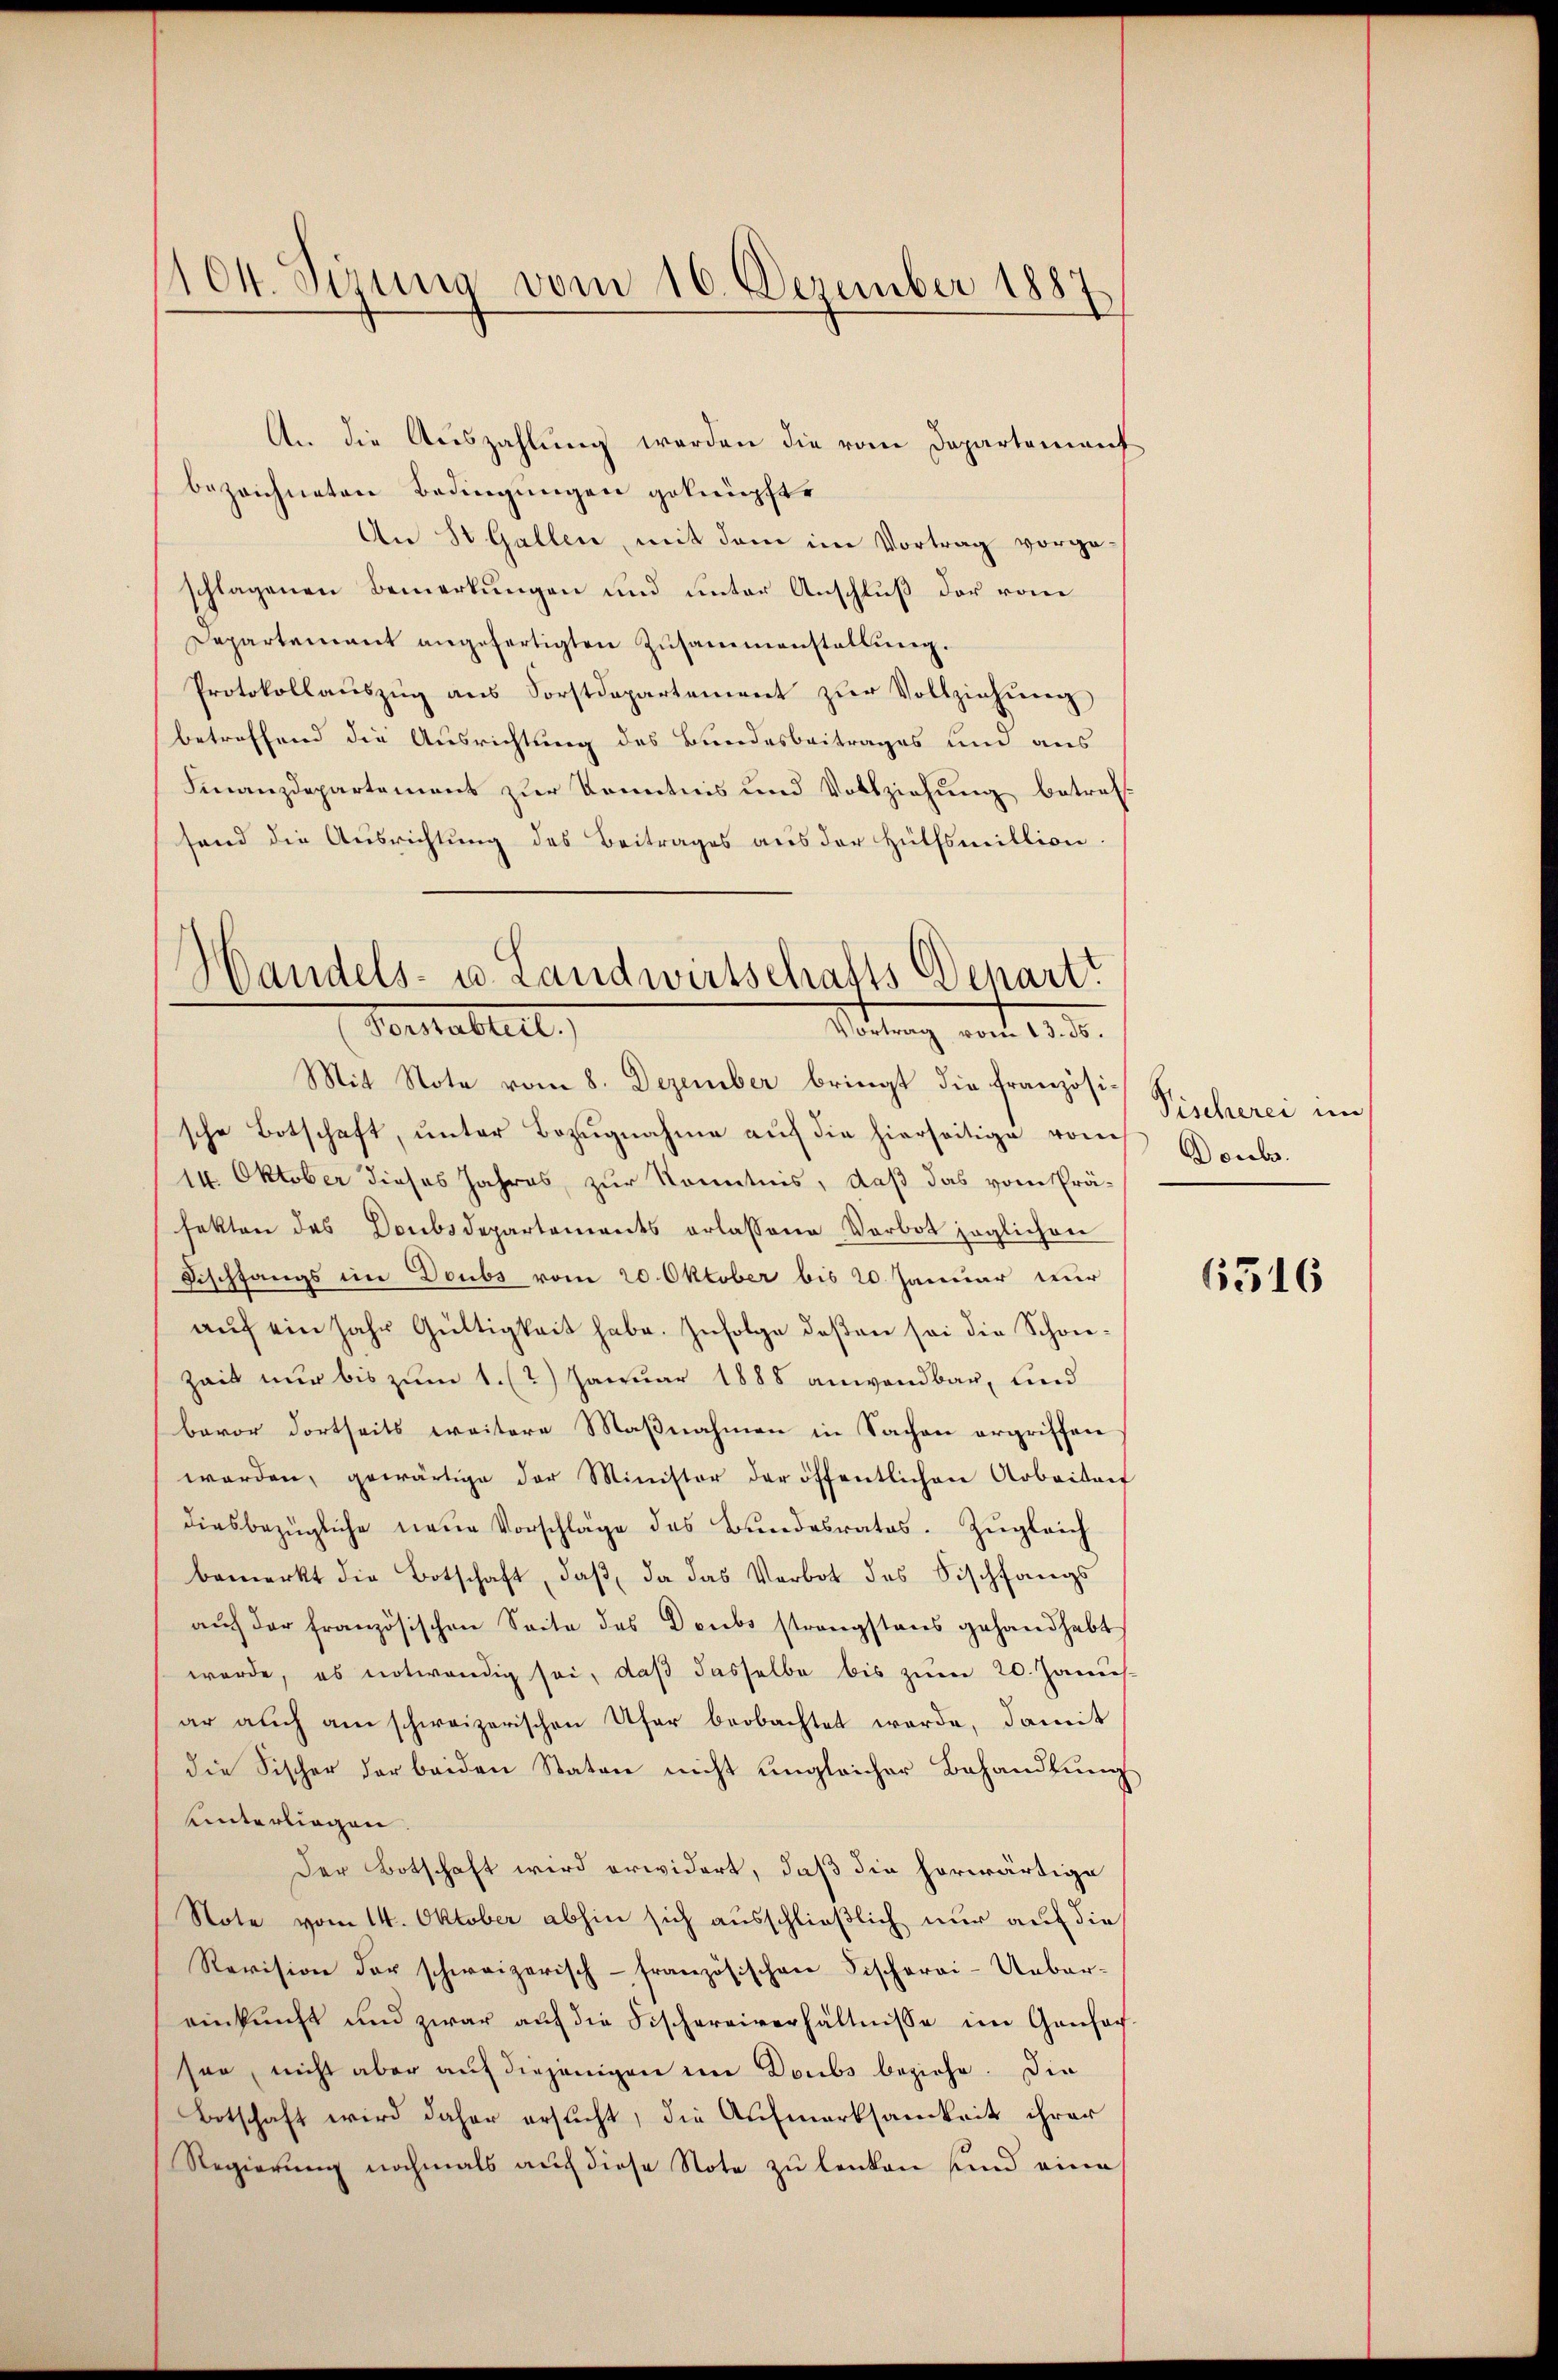
104. Sizung vom 16. Dezember 1887

Handels- u. Landwirtschafts Departi
Verabteilt.
Sittung mit 183.

An die Aŭszahlŭng werden die vom Departement
bezeichneten Bedingungen geknüpfte
An St. Gallen, mit dem im Vortrag vorge-
schlagenen Bemerkungen und unter Anschluß der vom
Departement angefertigten Zusammenstellung.
Protokollaŭszŭg ans Forstdepartement zŭr Vollziehung
betreffend die Ausrichtung des Bundesbeitrages und aus
Finanzdepartement zur Kenntnis und Vollziehung betref-
fand die Ausrichtung des Beitrages aus der Hülfsmillion.
Mit Note vom 8. Dezember bringt die französi-
sche Botschaft, ŭnter Bezŭgnahme auf die hierseitige vom
14. Oktober dieses Jahres, zur Kenntnis, daß das vom Präfekten des Doubsdepartements erlassene Verbot joglichen
Fischfangs im Doubs vom 20. Oktober bis 20 Januar nur
auf ein Jahr Gültigkeit habe. Infolge deßen sei die Schwie¬
Zeit nur bis zum 1. (2.) Januar 1888 anwendbar, und
bevor dortseits weitere Maßnahmen in Sachen ergriffen
werden, gewärtige der Minister der öffentlichen Arbeitrit
diesbezügliche neue Vorschläge des Bŭndesrates. Zŭgleich
bemerkt die Botschaft, daβ da das Verbot des Fischfangs
aŭf der französischen Seite des Deubs strengstens gehandhabt
werde, es notwendig sei, daß dasselbe bis zum 20. Janus
ar auch am schweizerischen Ufer beobachtet werde, damit
die Fischer der beiden Staten nicht ungleicher Behandlŭng
Unterliegen
Der Botschaft wird erwidert, daß die herwärtige
Note vom 14. Oktober abhin sich ausschließlich nur auf die
Revision der schweizerisch-französischen Fischerei-Uebereinkunft und zwar auf die Fischereiverhältnisse im Gansor
sen, nicht aber auf diejenigen im Doubs beziehe. Die
Botschaft wird daher ersucht, die Aufmerksamkeit ihrer
Regierung nochmals auch diese Note zu lenken sind eine

Pischerei im
Deuber.

6316